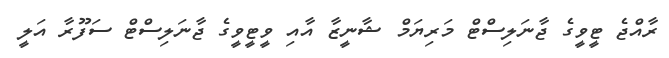
ރާއްޖެ ޓީވީގެ ޖާނަލިސްޓް މަރިޔަމް ޝާނީޒާ އާއި ވީޓީވީގެ ޖާނަލިސްޓް ސަފޫރާ އަލީ